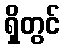
ရှိတွင်